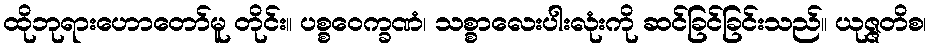
ထိုဘုရားဟောတော်မူ တိုင်း။ ပစ္စဝေက္ခဏံ၊ သစ္စာလေးပါးလုံးကို ဆင်ခြင်ခြင်းသည်။ ယုဇ္ဇတိစ၊